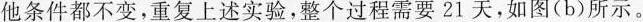
他条件都不变，重复上述实验，整个过程需要21天，如图(b)所示。